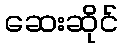
ဆေးဆိုင်